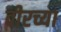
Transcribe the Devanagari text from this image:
वीरच्या